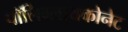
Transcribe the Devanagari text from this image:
पॉलिग्लायकोनेट